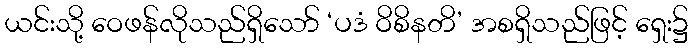
ယင်းသို့ ဝေဖန်လိုသည်ရှိသော် ‘ပဒံ ဝိစိနတိ’ အစရှိသည်ဖြင့် ရှေး၌